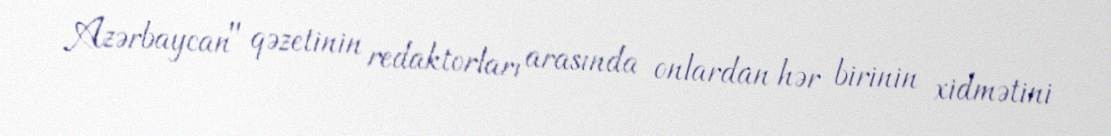
Azərbaycan" qəzetinin redaktorları arasında onlardan hər birinin xidmətini